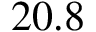
2 0 . 8